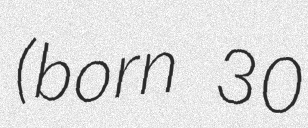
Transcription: (born 30